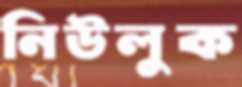
নিউলুক